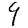
Digit: 9